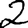
Digit: 2